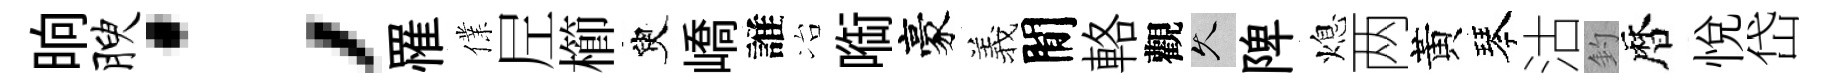
晌腴；罹㒒𡰱櫛臾嶠誰冶㗸豪羲閒輅觀久陴熄两黃琴沽釣暦悦岱